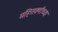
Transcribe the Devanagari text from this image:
महिरावणीच्या